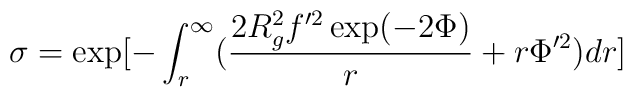
\sigma=\exp[ - \int_r^{\infty} (\frac{2R_g^2 f'^2 \exp(-2\Phi)}{r}+r \Phi'^2)dr]